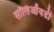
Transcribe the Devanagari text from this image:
सॉलिऑयडी